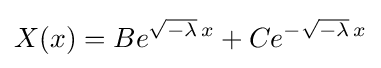
X(x)=Be^{{\sqrt {-\lambda }}\,x}+Ce^{-{\sqrt {-\lambda }}\,x}